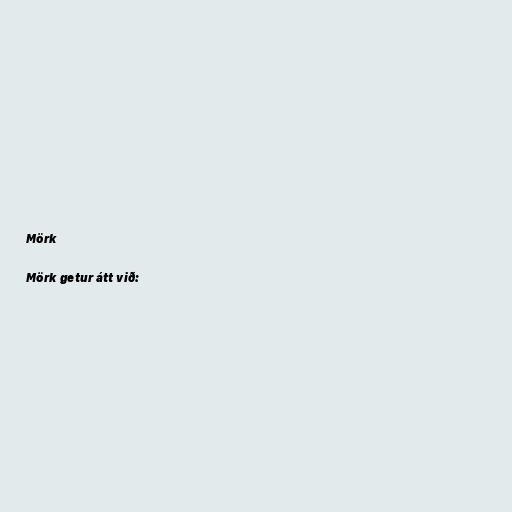
Mörk

Mörk getur átt við: